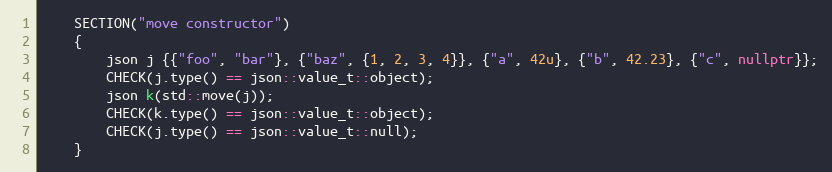
Language: C++
    SECTION("move constructor")
    {
        json j {{"foo", "bar"}, {"baz", {1, 2, 3, 4}}, {"a", 42u}, {"b", 42.23}, {"c", nullptr}};
        CHECK(j.type() == json::value_t::object);
        json k(std::move(j));
        CHECK(k.type() == json::value_t::object);
        CHECK(j.type() == json::value_t::null);
    }